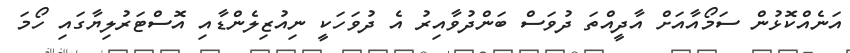
އަނެއްކޮޅުން ސަމޯއާއަށް އާދީއްތަ ދުވަސް ބަންދުވާއިރު އެ ދުވަހަކީ ނިއުޒިލެންޑާއި އޮސްޓަރުލިޔާގައި ހޯމަ